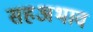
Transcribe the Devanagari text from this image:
सहअभाव